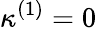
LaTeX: \kappa^{(1)}=0